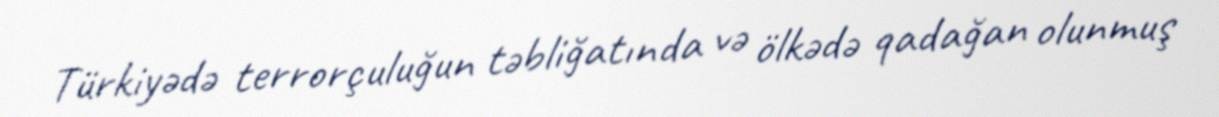
Türkiyədə terrorçuluğun təbliğatında və ölkədə qadağan olunmuş